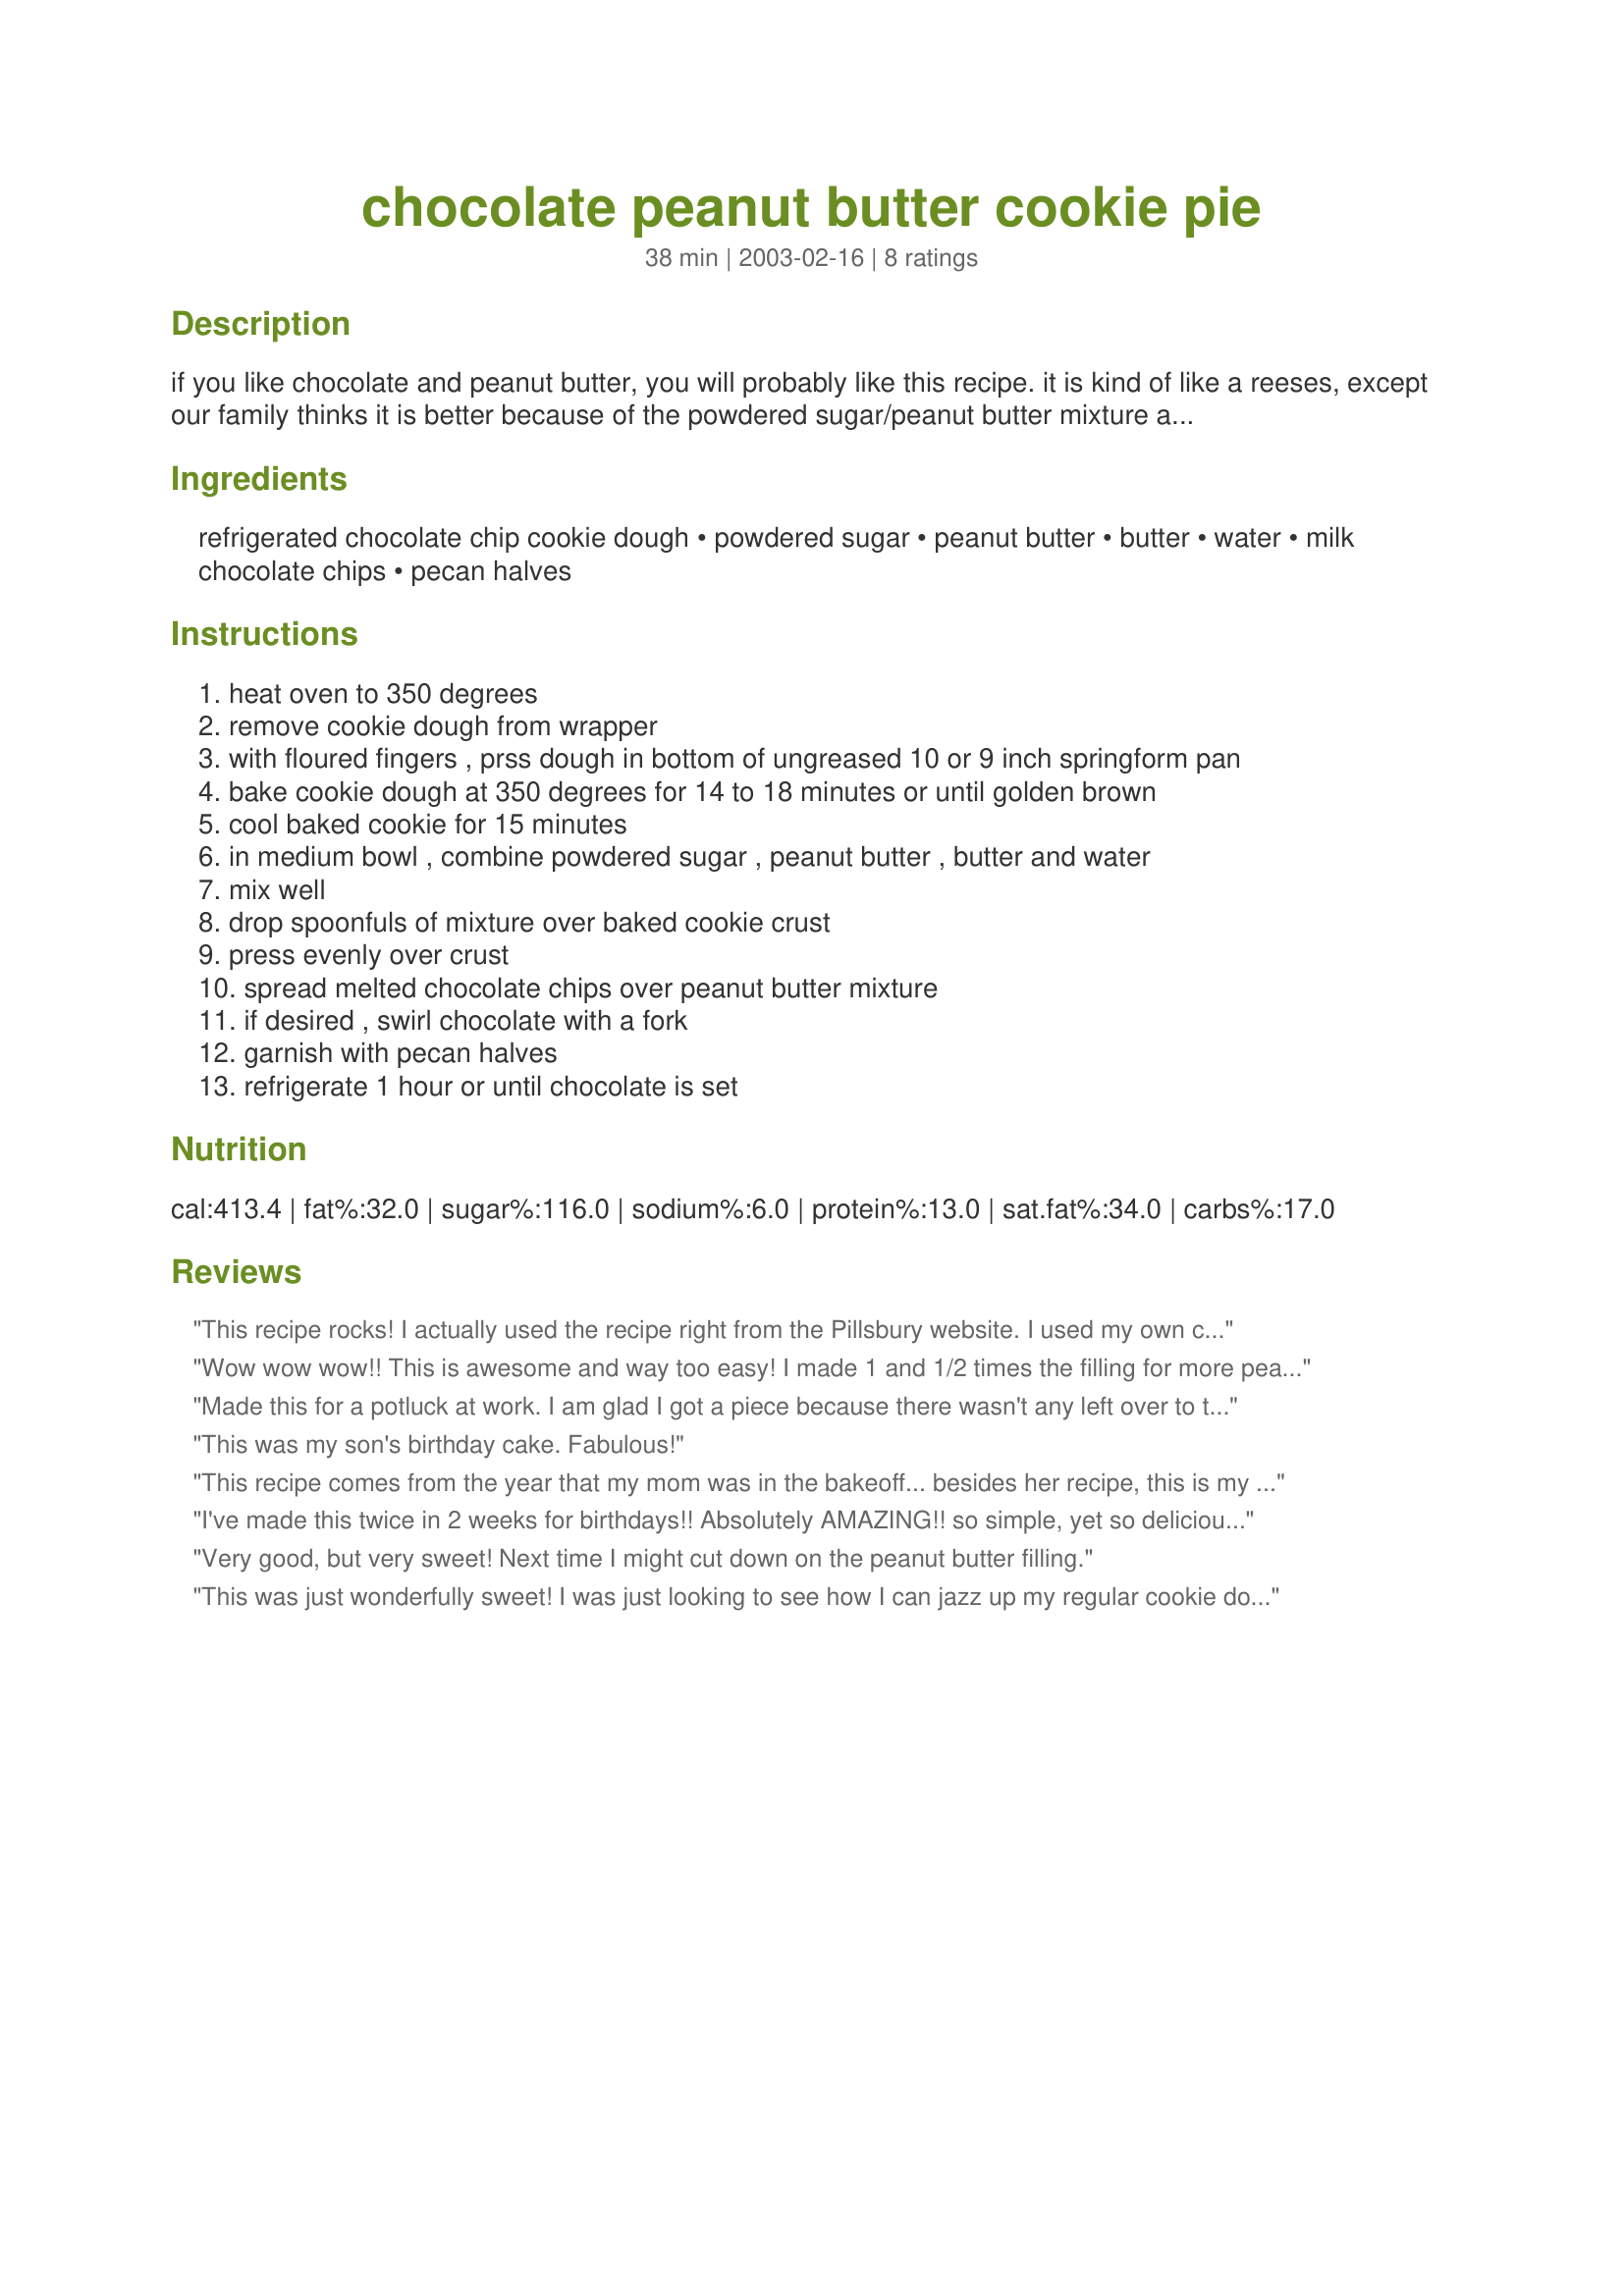
chocolate peanut butter cookie pie
Preparation time: 38 minutes

if you like chocolate and peanut butter, you will probably like this recipe. it is kind of like a reeses, except our family thinks it is better because of the powdered sugar/peanut butter mixture and the cookie on the bottom. this dessert doesn't last very long at our house! the recipe was on the cover of the 1998 pillsbury quick and easy bake-off.

Ingredients:
refrigerated chocolate chip cookie dough, powdered sugar, peanut butter, butter, water, milk chocolate chips, pecan halves

Steps:
heat oven to 350 degrees
remove cookie dough from wrapper
with floured fingers , prss dough in bottom of ungreased 10 or 9 inch springform pan
bake cookie dough at 350 degrees for 14 to 18 minutes or until golden brown
cool baked cookie for 15 minutes
in medium bowl , combine powdered sugar , peanut butter , butter and water
mix well
drop spoonfuls of mixture over baked cookie crust
press evenly over crust
spread melted chocolate chips over peanut butter mixture
if desired , swirl chocolate with a fork
garnish with pecan halves
refrigerate 1 hour or until chocolate is set

Reviews:
This recipe rocks! I actually used the recipe right from the Pillsbury website. I used my own cookie recipe....which was great. It of course took a bit longer to bake and next time I would actually half it cause it was a bit much. But, I highly recommend this recipe if you are a chocolate peanut butter fan!
Wow wow wow!! This is awesome and way too easy! I made 1 and 1/2 times the filling for more peanut buttery taste and didn't use the pecans on top. So good and sooo delicious. Thanks for the recipe!
Made this for a potluck at work. I am glad I got a piece because there wasn't any left over to take home. I left off the pecans and just topped it with a few decorative sprinkles to dress it up a bit. It was a big hit! Thanks!
This was my son's birthday cake. Fabulous!
This recipe comes from the year that my mom was in the bakeoff... besides her recipe, this is my favorite one! Credit really goes to Jenny Monfred, she made up one mean pie! My only changes were not to use the walnut dough, and use different flavors of chips, like toffee. Yummy!
I've made this twice in 2 weeks for birthdays!! Absolutely AMAZING!! so simple, yet so delicious. it tastes like an updated "buckeye!" I made this for one birthday, where I also made two other cakes, and this was by far the first to go!! 

The first time I made it, the chocolate on top cracked horribly after being chilled and I could barely cut it.
 
***This is what I did: Add 2 tablespoons shortening (I used crisco) to the chocolate chips when you melt them and then pour onto the peanut butter layer. Even after being chilled in the fridge, it was just barely soft, and cut perfectly! It was so much prettier :)

Thanks for a GREAT recipe...I'll be making this very often! :)
Very good, but very sweet! Next time I might cut down on the peanut butter filling.
This was just wonderfully sweet! I was just looking to see how I can jazz up my regular cookie dough and am very glad that I found this recipe.
